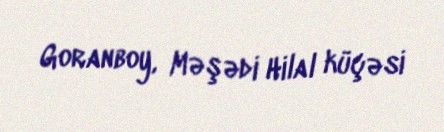
Goranboy, Məşədi Hilal küçəsi